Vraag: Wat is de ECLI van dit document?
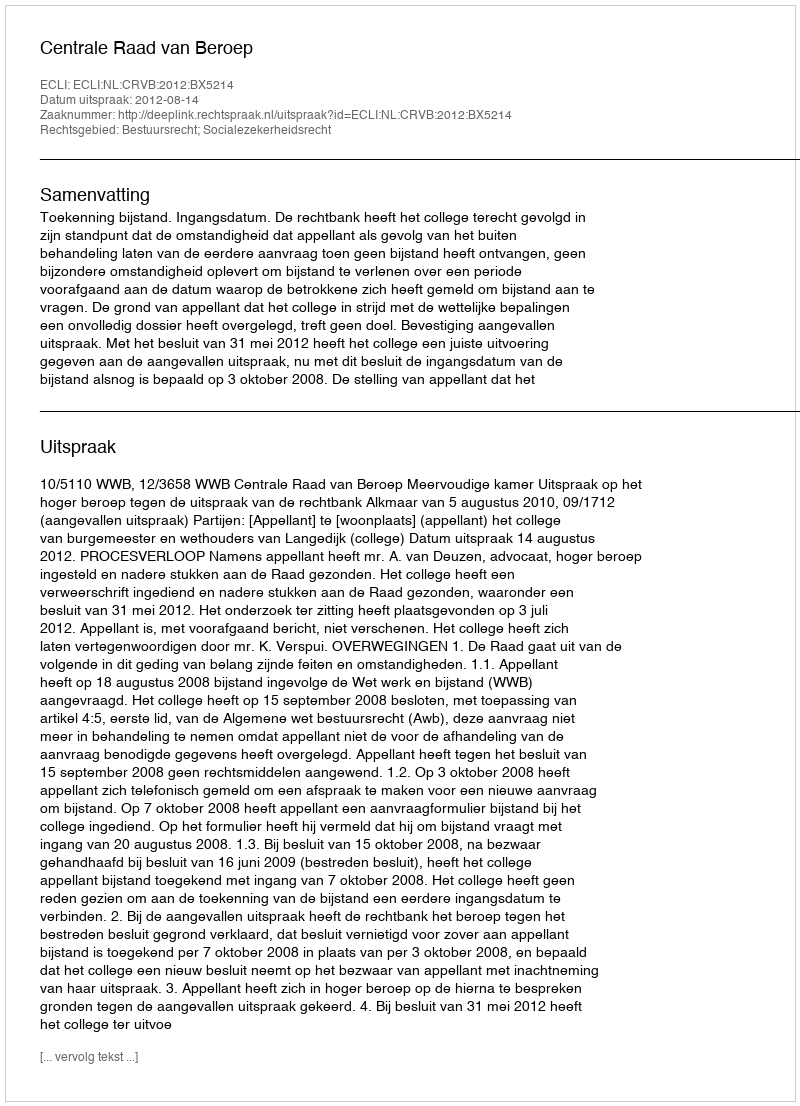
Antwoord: ECLI:NL:CRVB:2012:BX5214